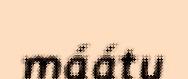
máátu